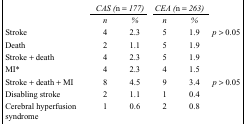
<table><thead><tr><td>[EMPTY_CELL]</td><td colspan="2"><b><i>CAS (n = 177)</i></b></td><td colspan="2"><b><i>CEA (n = 263)</i></b></td><td>[EMPTY_CELL]</td></tr><tr><td>[EMPTY_CELL]</td><td><b><i>n</i></b></td><td><b><i>%</i></b></td><td><b><i>n</i></b></td><td><b><i>%</i></b></td><td>[EMPTY_CELL]</td></tr></thead><tbody><tr><td>Stroke</td><td>4</td><td>2.3</td><td>5</td><td>1.9</td><td><i>p</i> &gt; 0.05</td></tr><tr><td>Death</td><td>2</td><td>1.1</td><td>5</td><td>1.9</td><td>[EMPTY_CELL]</td></tr><tr><td>Stroke + death</td><td>4</td><td>2.3</td><td>5</td><td>1.9</td><td>[EMPTY_CELL]</td></tr><tr><td>MI*</td><td>4</td><td>2.3</td><td>4</td><td>1.5</td><td>[EMPTY_CELL]</td></tr><tr><td>Stroke + death + MI</td><td>8</td><td>4.5</td><td>9</td><td>3.4</td><td><i>p</i> &gt; 0.05</td></tr><tr><td>Disabling stroke</td><td>2</td><td>1.1</td><td>1</td><td>0.4</td><td>[EMPTY_CELL]</td></tr><tr><td>Cerebral hyperfusion syndrome</td><td>1</td><td>0.6</td><td>2</td><td>0.8</td><td>[EMPTY_CELL]</td></tr></tbody></table>